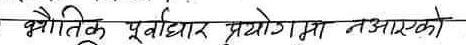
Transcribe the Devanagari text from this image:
भौतिक पूर्वाधार प्रयोगमा नआएको